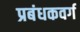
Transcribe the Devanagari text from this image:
प्रबंधकवर्ग